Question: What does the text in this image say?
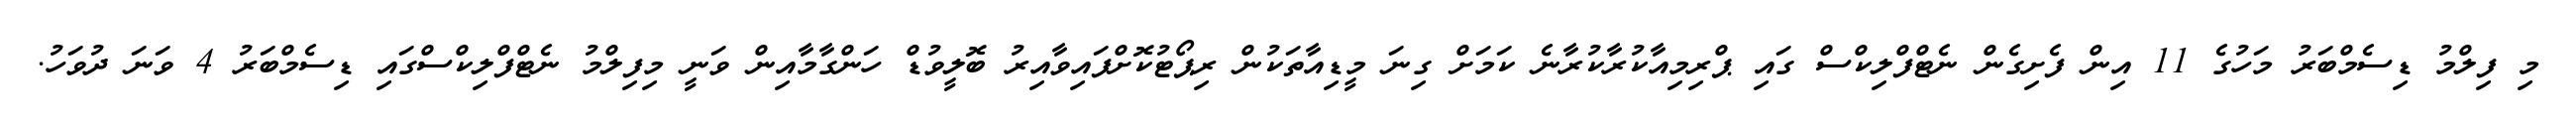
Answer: މި ފިލްމު ޑިސެމްބަރު މަހުގެ 11 އިން ފެށިގެން ނެޓްފްލިކްސް ގައި ޕްރިމިއާކުރާކުރާނެ ކަމަށް ގިނަ މީޑިއާތަކުން ރިޕޯޓުކޮށްފައިވާއިރު ބޮލީވުޑް ހަންގާމާއިން ވަނީ މިފިލްމު ނެޓްފްލިކްސްގައި ޑިސެމްބަރު 4 ވަނަ ދުވަހު.